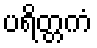
ပရိတ္တကံ